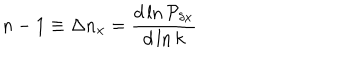
n - 1 \equiv \Delta n _ { x } = { \frac { d \ln { \cal P } _ { \delta x } } { d \ln k } }